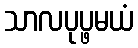
သာလပုပ္ဖမယံ